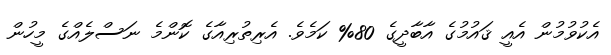
އެކުވުމުން އެއީ ޤައުމުގެ އާބާދީގެ 80% ކަމެވެ. އެރިތުރިއާގެ ކޮންމެ ނަސްލެއްގެ މީހުން